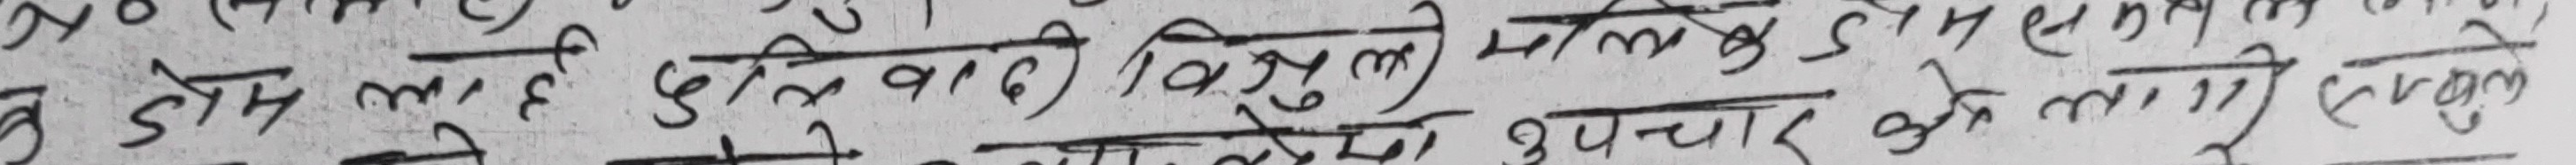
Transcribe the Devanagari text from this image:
डोज लाए छिन वाडी विशुल मलिङ्ग डी एस एम मलिङ्ग
उपचार को लागि लेख्नुभयो ।